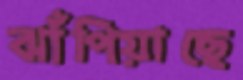
ঝাঁপিয়াছে